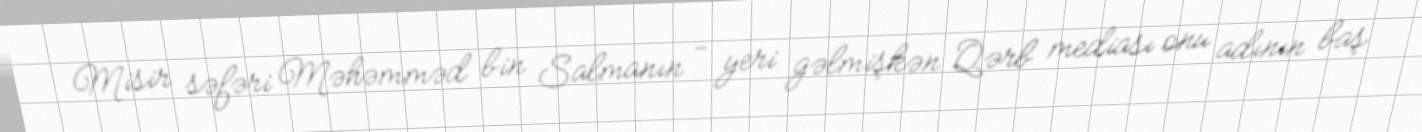
Misir səfəri Məhəmməd bin Salmanın - yeri gəlmişkən Qərb mediası onu adının baş